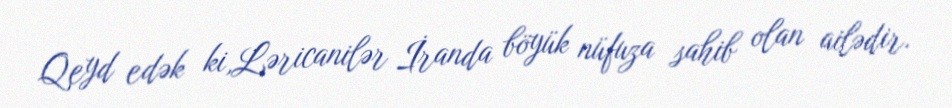
Qeyd edək ki,Ləricanilər İranda böyük nüfuza sahib olan ailədir.